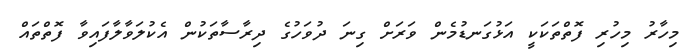
މިހާރު މިހުރި ފޮތްތަކަކީ އަޅުގަނޑުމެން ވަރަށް ގިނަ ދުވަހުގެ ދިރާސާތަކުން އެކުލަވާލާފައިވާ ފޮތްތައް